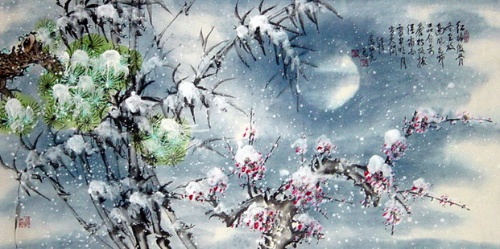
明日客程还几许，沾衣况是新寒雨。